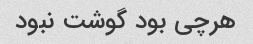
هرچی بود گوشت نبود